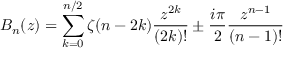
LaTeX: B _ { n } ( z ) = \sum _ { k = 0 } ^ { n / 2 } \zeta ( n - 2 k ) \frac { z ^ { 2 k } } { ( 2 k ) ! } \pm \frac { i \pi } { 2 } \frac { z ^ { n - 1 } } { ( n - 1 ) ! }